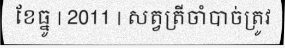
ខែធ្នូ | 2011 | សត្វត្រីចាំបាច់ត្រូវ